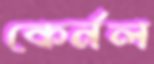
কের্নল